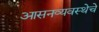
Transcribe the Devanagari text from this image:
आसनव्यवस्थेचे